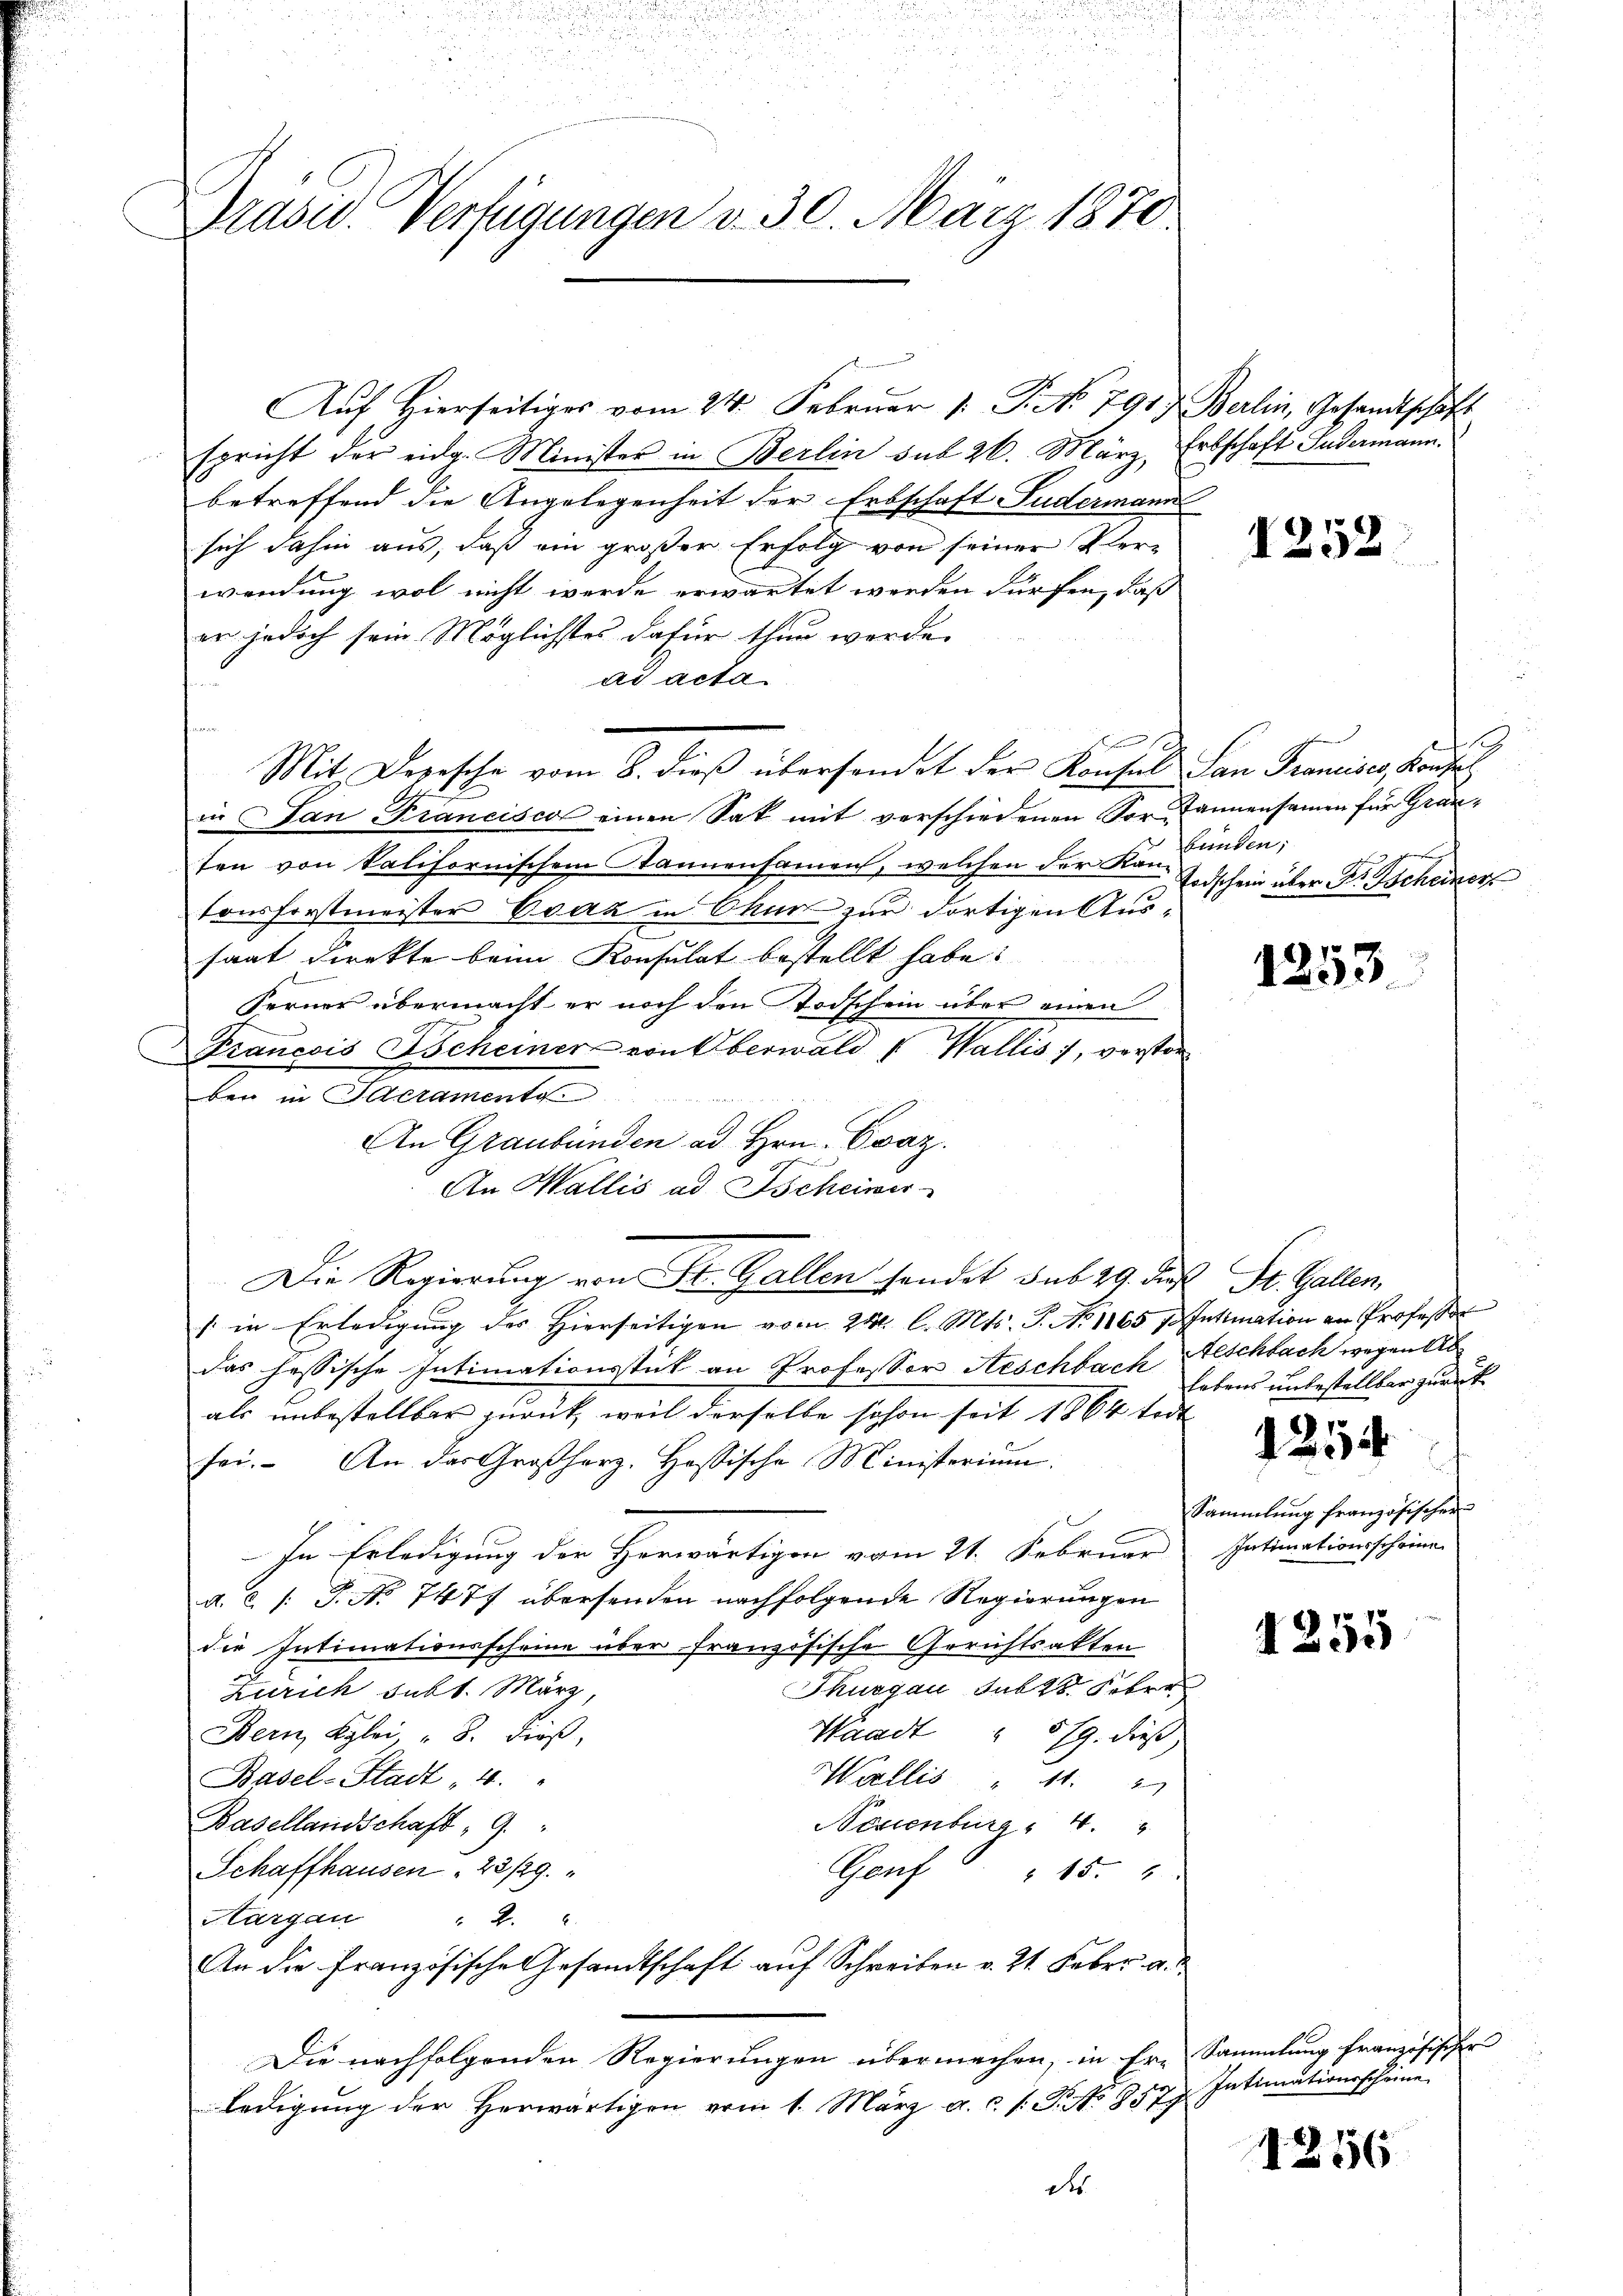
Drasc. Verfügungen d. 30. März 1870.

spricht der eidg. Minister in Berlin sub 26. März, Erbschaft Fudermann.
betreffend die Angelegenheit der Erbschaft Fudermann
sich dahin aus, daß ein großer Erfolg von seiner Verwendung wol nicht werde erwartet werden dürfen, daß
er jedoch sein Möglichstes dafür thun werde.
ad acta

1
Mit Depesche vom 8. dieß übersandet der Konsul San Francisce Konse
in San Francisca einen Sat mit verschiedenen Vor annensamen für Grauten von kalifornischem Stannensamen, welchen der Ko finden;
tonsforstmeister Evaz in Chur zur dortigen Aussaat Direkte beim Konsulat bestellt habe:
Ferner übermacht er noch den Todschein über einen
Francois Scheiner von Oberwald u Wallis 1, verstanben in Elteraments
An Graubünden ad Hrn. Ovaz.
An Wallis ad Ischeiner
" in Erledigŭng des hierseitigen vom 24t. l. Mts. S. Nr. 1865 f. Intimation an Professor
das hessische Intimationsstück an Professor Aeschbach
als unbestellbar zurück, weil derselbe schon seit 1864 todt
sei. An das Großherz. Hassische Ministerium
In Erledigung der Herwärtigen vom 21. Februar
d. c. /: P. No 7477 übersenden nachfolgende Regierungen
die Intimationsscheine über französische Gerichtsakten
Thurgau sub 28. Febre
Zürich subt. März,
Waadt, " 5/9. dies
Bern, Klei " 8. dieß,
Basel-Stadt - 4.
Wallis " 11. 3
Neuenburg 4.
Basellandschaft 9.
Schaffhausen 28/29.
Genf 15.
Hargau
2.
An die französische Gesandtschaft auf Schreiben v. 21. Febr. a.
Die nachfolgenden Regierungen übermachen, in Ere Sammlung französischer
ledigung der herwärtigen vom 1. März a.c. s. S. No 8579.

Die Regierung von St. Gallen sendet sub 29. Fr. St. Gallen,

Auf Hierseitiges vom 24. Februar 1: P. No 791.) Berlin, Gesandtschäft

1252

1
Todschein über Dr. Tscheiner

1253

eschlach wegen Ab
Lebens unbestellbar zurück

.

Sammlung französischer
Intimationsscheine

4255

Intimationsscheine

1256